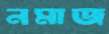
নমাজ